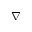
\nabla